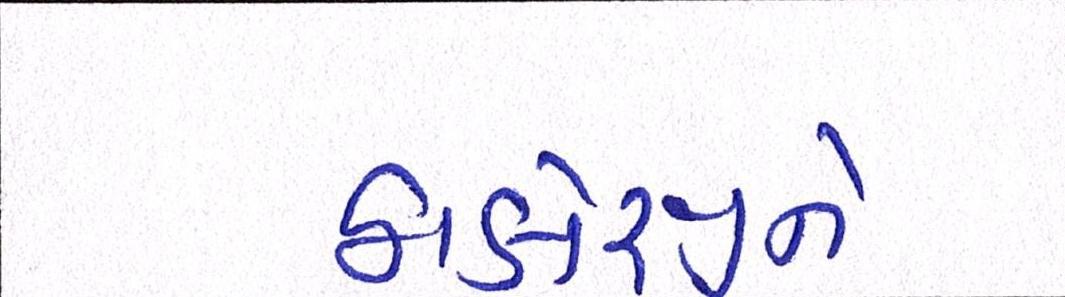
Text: ઠાકોરજીને